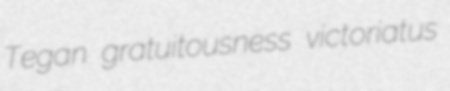
Tegan gratuitousness victoriatus